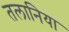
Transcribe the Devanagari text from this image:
तलानिया